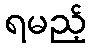
ရမည့်